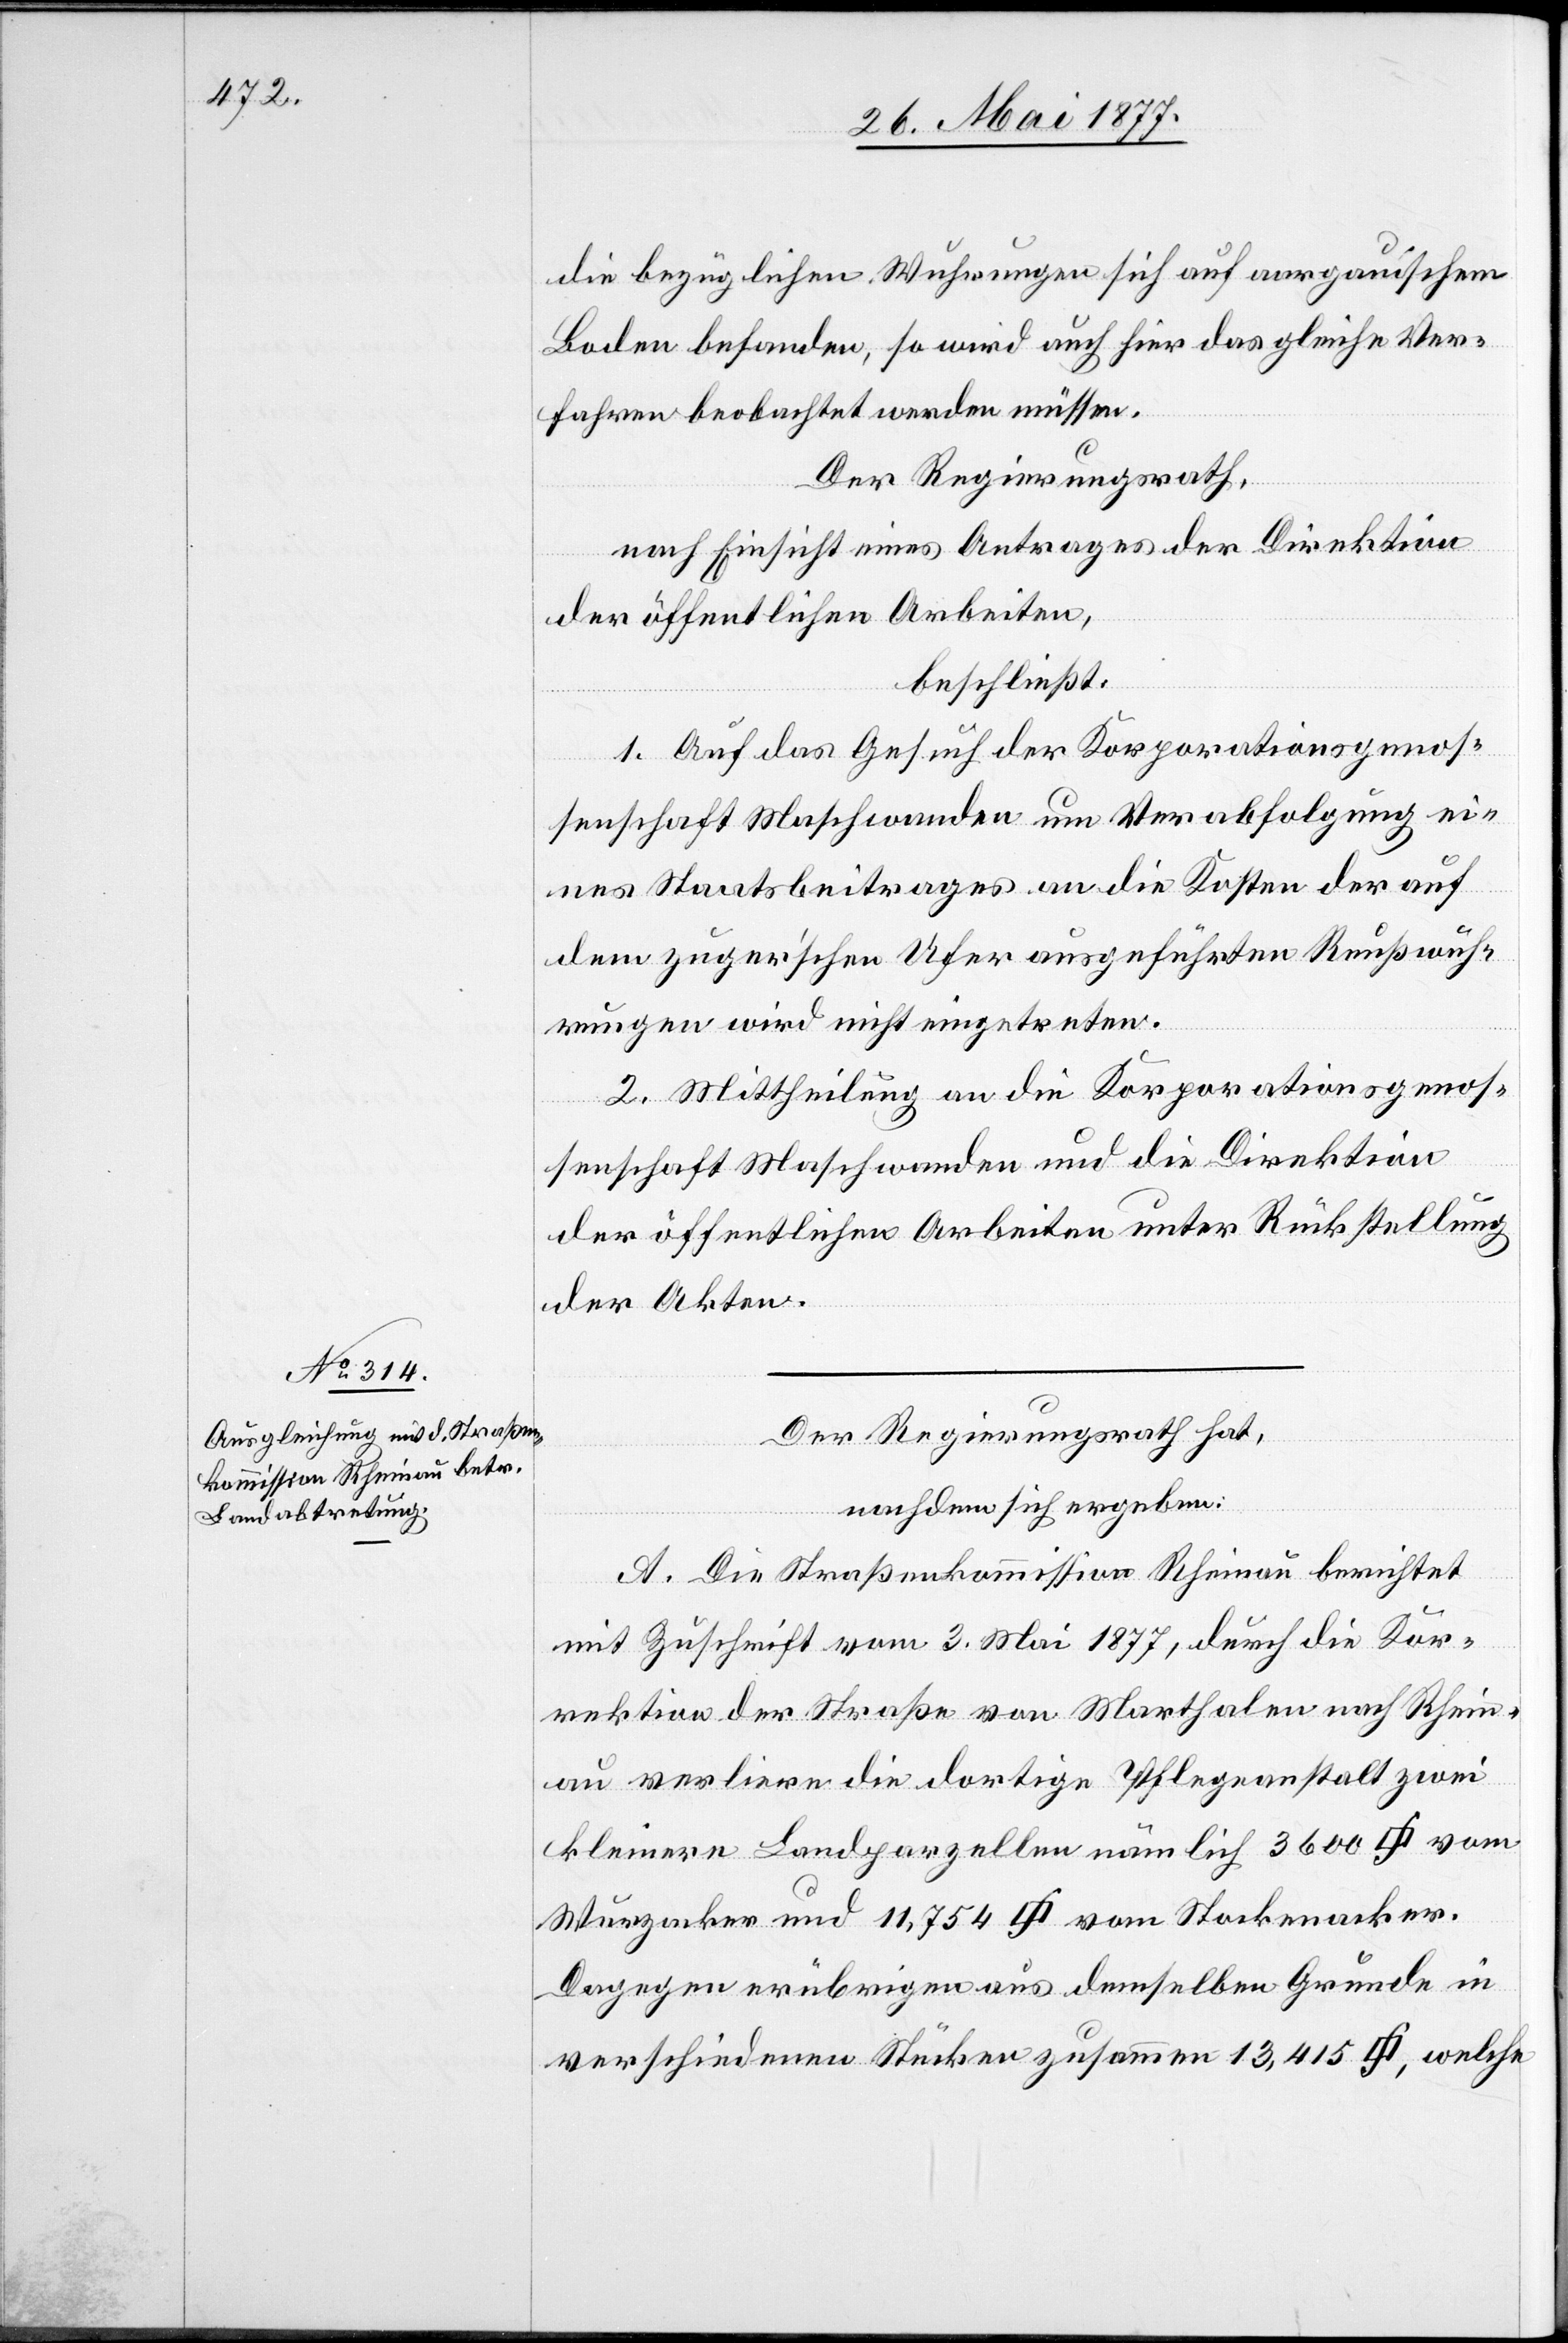
die bezüglichen Wuhrungen sich auf aargauischem
Boden befanden, so wird auch hier das gleiche Ver¬
fahren beobachtet werden müssen.
Der Regierungsrath,
nach Einsicht eines Antrages der Direktion
der öffentlichen Arbeiten,
beschließt:
1. Auf das Gesuch der Korporationsgenos¬
senschaft Maschwanden um Verabfolgung ei¬
nes Staatsbeitrages an die Kosten der auf
dem zuger’schen Ufer ausgeführten Reußwuh¬
rungen wird nicht eingetreten.
2. Mittheilung an die Korporationsgenos¬
senschaft Maschwanden und die Direktion
der öffentlichen Arbeiten unter Rückstellung
der Akten.
Der Regierungsrath hat,
nachdem sich ergeben:
A. Die Straßenkommission Rheinau berichtet
mit Zuschrift vom 3. Mai 1877, durch die Kor¬
rektion der Straße von Marthalen nach Rhein¬
au verliere die dortige Pflegeanstalt zwei
kleinere Landparzellen nämlich 3600 [Quadratfuss] vom
Wurzacker und 11,754 [Quadratfuss] vom Stockenacker.
Dagegen erübrigen aus demselben Grunde in
verschiedenen Stücken zusammen 13,415 [Quadratfuss], welche